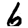
Digit: 6